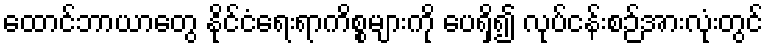
ထောင်ဘာယာတွေ နိုင်ငံရေးရာကိစ္စများကို ပေရှိ၍ လုပ်ငန်းစဉ်အားလုံးတွင်